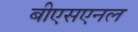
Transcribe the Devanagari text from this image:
बीएसएनल